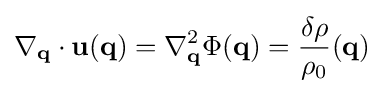
\nabla _{\mathbf {q} }\cdot \mathbf {u} (\mathbf {q} )=\nabla _{\mathbf {q} }^{2}\Phi (\mathbf {q} )={\frac {\delta \rho }{\rho _{0}}}(\mathbf {q} )